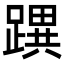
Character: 𨅜